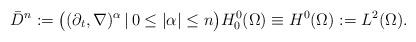
LaTeX: \begin{align*} \bar{D}^{n} := \big((\partial_{t}, \nabla)^{\alpha} \,|\, 0 \leq |\alpha| \leq n\big) H^{0}_{0}(\Omega) \equiv H^{0}(\Omega) := L^{2}(\Omega). \end{align*}